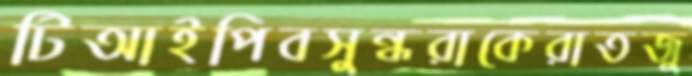
টিআইপিবসুন্ধরাকেরাতজু